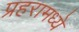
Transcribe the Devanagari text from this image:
प्रहरामध्ये